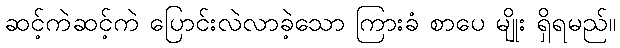
ဆင့်ကဲဆင့်ကဲ ပြောင်းလဲလာခဲ့သော ကြားခံ စာပေ မျိုး ရှိရမည်။